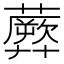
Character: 𧂱